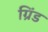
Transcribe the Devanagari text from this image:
ग्रिंड